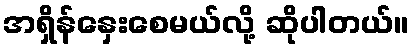
အရှိန်နှေးစေမယ်လို့ ဆိုပါတယ်။